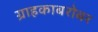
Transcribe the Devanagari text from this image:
ग्राहकाबरोबर